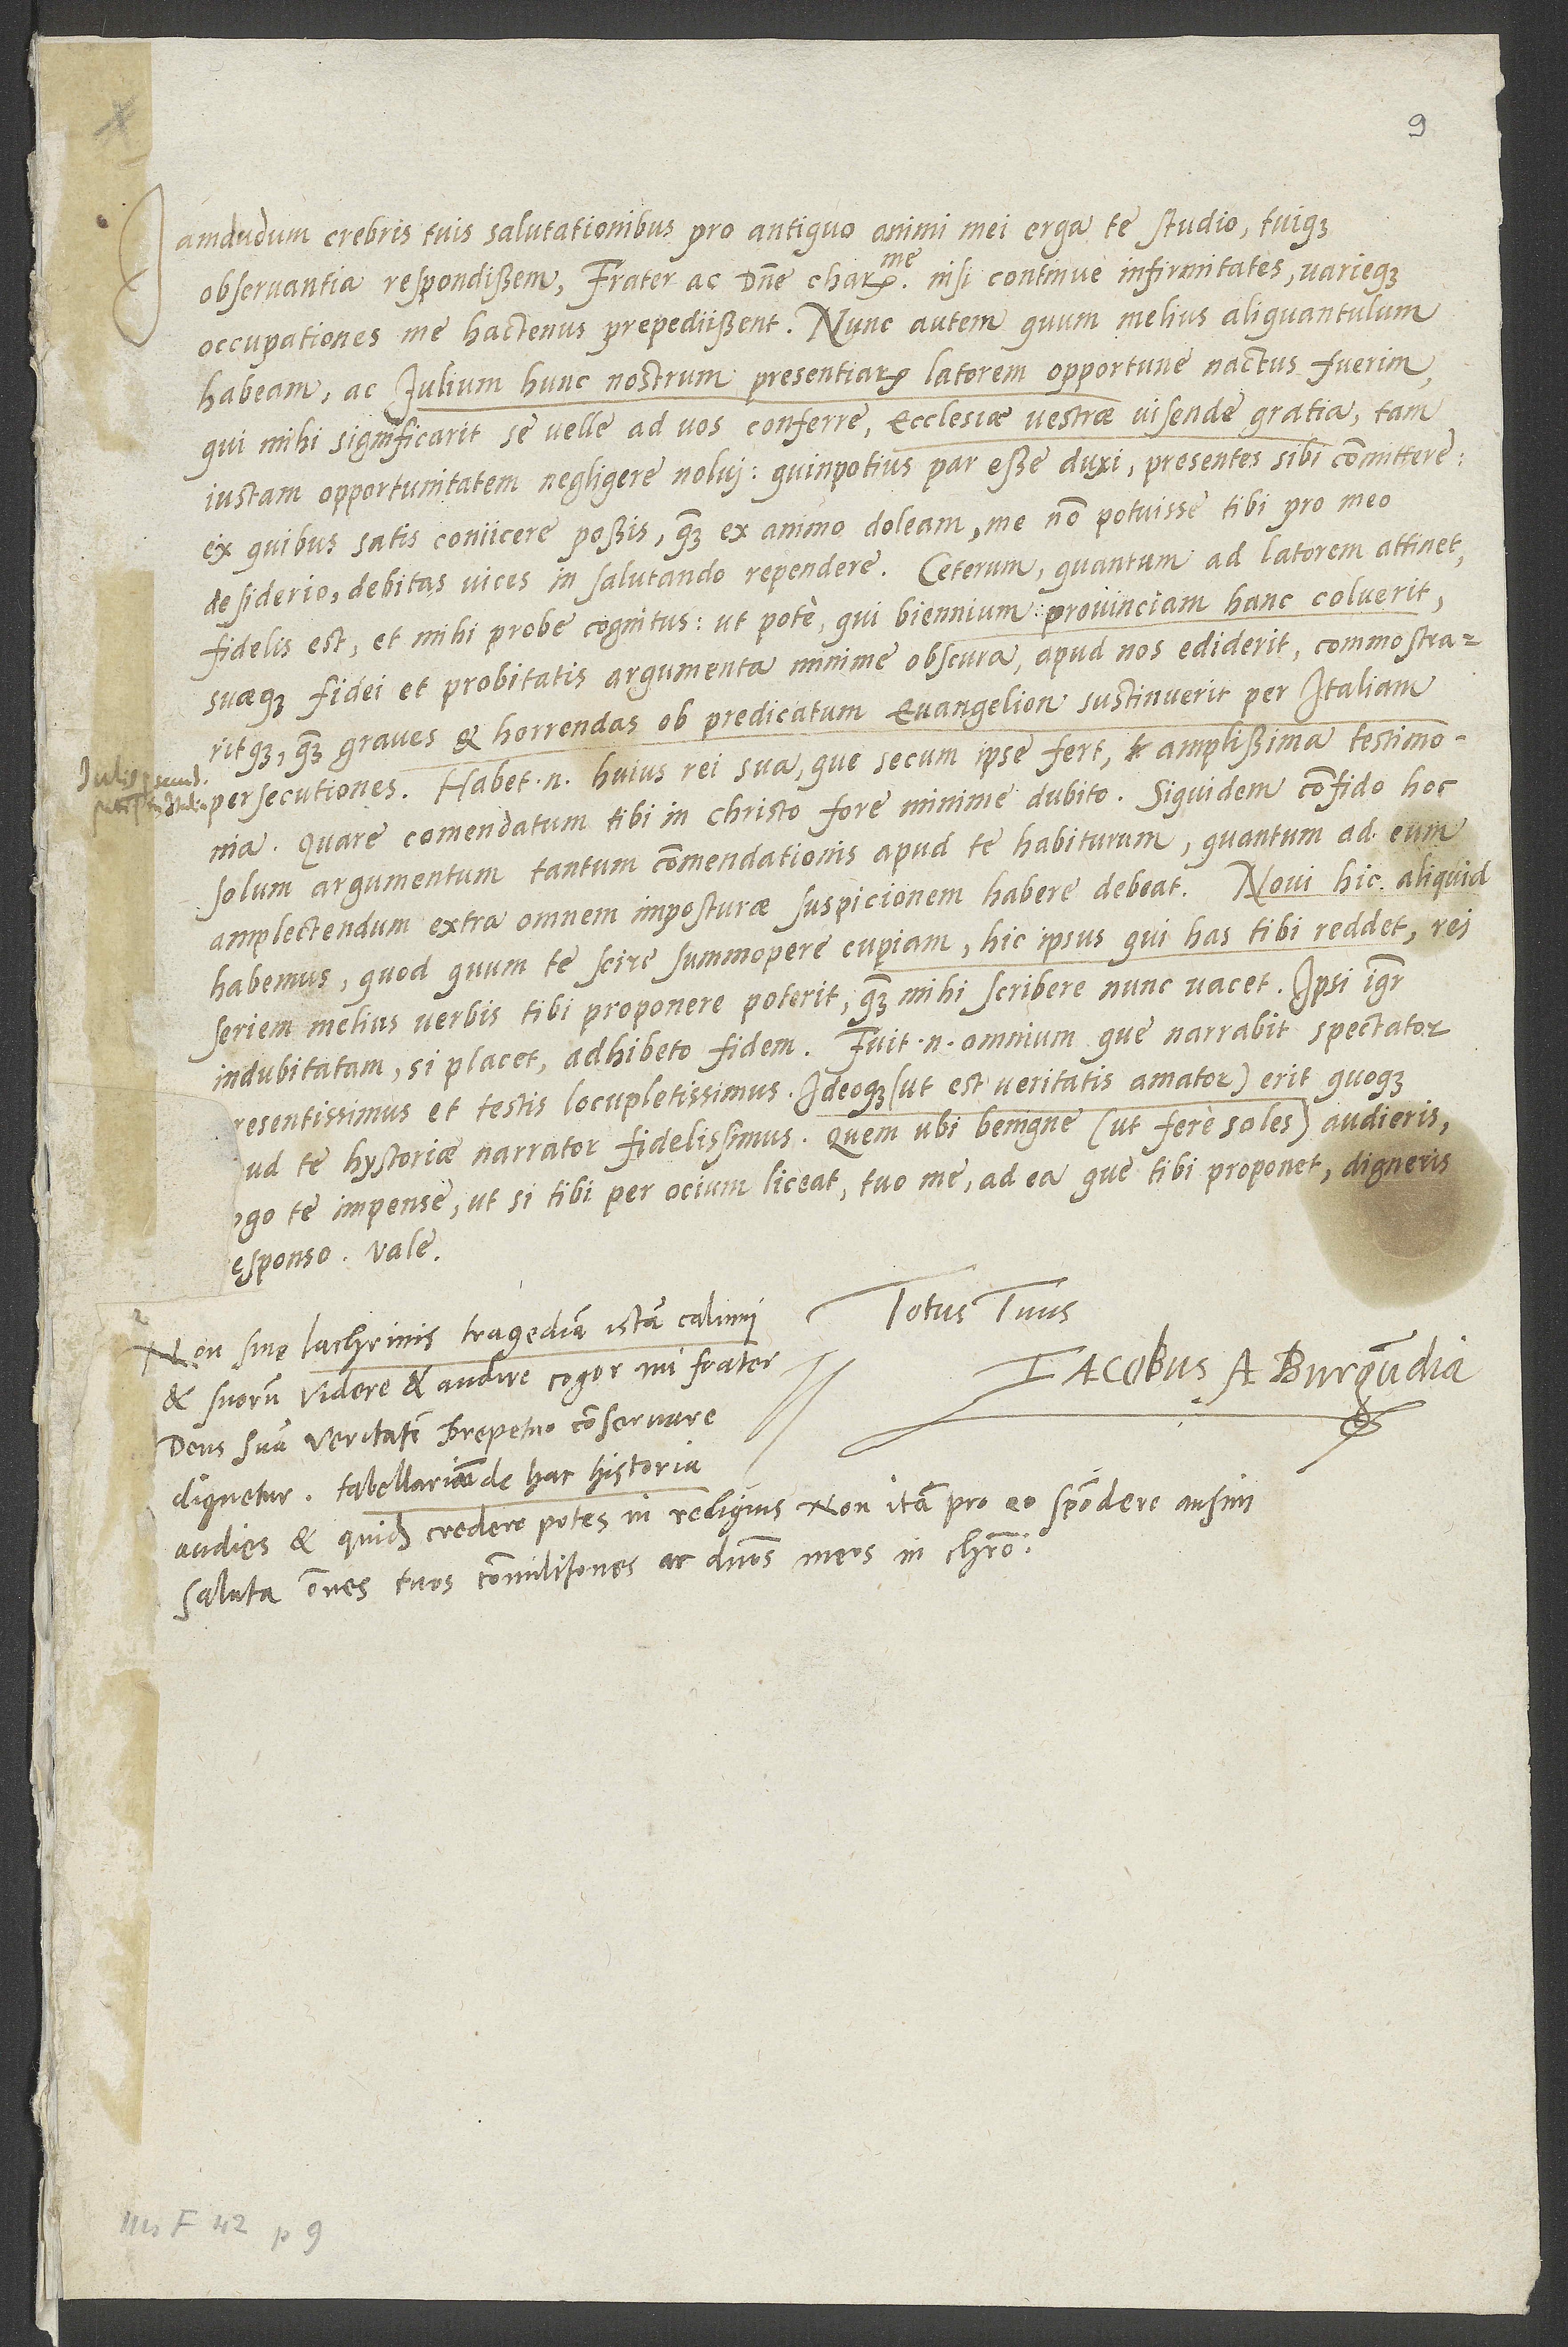
Iam dudum crebris tuis salutationibus pro antiquo animi mei erga te studio tuique
observantia respondissem, frater ac domine carissime, nisi continuae infirmitates variaeque
occupationes me hactenus praepedissent. Nunc autem, quum melius aliquantulum
habeam ac Iulium hunc nostrum praesentiarum latorem opportune nactus fuerim,
qui mihi significarit se velle ad vos conferre ecclesiae vestrae visendi gratia, tam
iustam opportunitatem negligere nolui: quin potius par esse duxi praesentes sibi committere,
ex quibus satis coniicere possis quam ex animo doleam, me non potuisse tibi pro meo
fidelis est et mihi probe cognitus, utpote qui biennium provinciam hanc coluerit,
suaeque fidei et probitatis argumenta minime obscura apud nos ediderit, commonstraritque
quam graves et horrendas ob praedicatum evangelium sustinuerit per Italiam
persequutiones. Habet enim huius rei sua quae secum ipse fert amplissima testimonia.
Quare commendatum tibi in Christo fore minime dubito; siquidem confido hoc
solum argumentum tantum commendationis apud te habiturum quantum ad eum
habemus, quod quum te scire summopere cupiam, hic ipse qui has tibi reddet rei
seriem melius verbis tibi proponere poterit
Fuit enim omnium quae narrabit spectator
indubitatam, si placet, adhibeto fidem.
Ideoque, ut est veritatis amator, erit quoque
praesentissimus et testis locupletissimus.
Quem ubi benigne, ut fere soles, audieris,
apud te historiae narrator fidelissimus.
rogo te impense ut, si tibi per otium liceat, tuo me ad ea quae tibi proponet digneris
responso. Vale.
Totus tuus
Iacobus a Burgundia.
et suorum videre et audire cogor, mi frater.
Deus suam veritatem perpetuo conservare
dignetur. Tabellarium de hac historia
audies, et quidem credere potes; in reliquis non ita pro eo spondere ausim.
Saluta omnes tuos commilitones ac dominos meos in Christo.